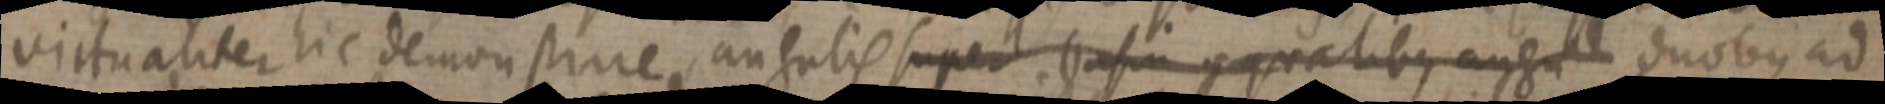
virtualiter hic demonstrare, angulis super basin aequalibus angul duobus ad